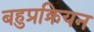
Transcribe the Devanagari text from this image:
बहुप्रक्रियन